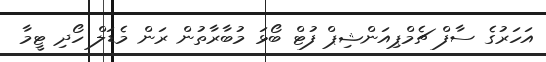
އަހަރުގެ ސާފް ޗެމްޕިއަންޝިޕް ފުޓް ބޯޅަ މުބާރާތުން ރަން މެޑަލް ހޯދި ޓީމާ